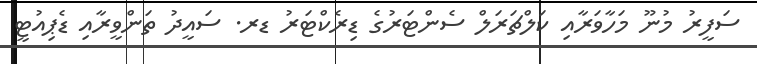
ސަފީރު މުނޫ މަހާވަރާއި ކަލްޗަރަލް ސެންޓަރުގެ ޑިރެކްޓަރު ޑރ. ސައީދު ތަންވީރާއި ޑެޕިއުޓީ